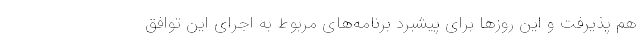
هم پذیرفت و این روزها برای پیشبرد برنامه‌های مربوط به اجرای این توافق